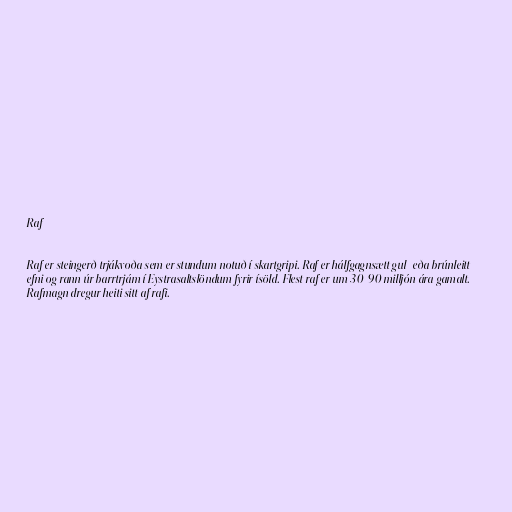
Raf

Raf er steingerð trjákvoða sem er stundum notuð í skartgripi. Raf er hálfgagnsætt gul- eða brúnleitt
efni og rann úr barrtrjám í Eystrasaltslöndum fyrir ísöld. Flest raf er um 30-90 milljón ára gamalt.
Rafmagn dregur heiti sitt af rafi.